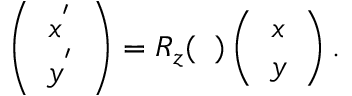
\begin{array} { r } { \left( \begin{array} { c } { x ^ { ' } } \\ { y ^ { ' } } \end{array} \right) = R _ { z } ( { \it \Delta \Psi } ) \left( \begin{array} { c } { x } \\ { y } \end{array} \right) . } \end{array}